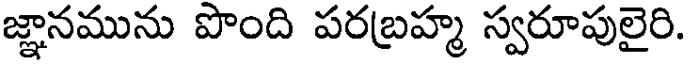
జ్ఞానమును పొంది పరబ్రహ్మ స్వరూపులైరి.